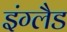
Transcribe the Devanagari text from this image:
इंग्लैड